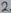
Text: 2